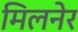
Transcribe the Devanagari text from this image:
मिलनेर